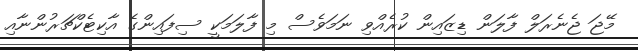
މޭޖަ ޖެނެރަލް ފާލަން ޑިޒައިން ކުރެއްވި ނަމަވެސް މި ފާލަމަކީ ސިފައިންގެ އާކިޓެކްޗަރުންނާއި